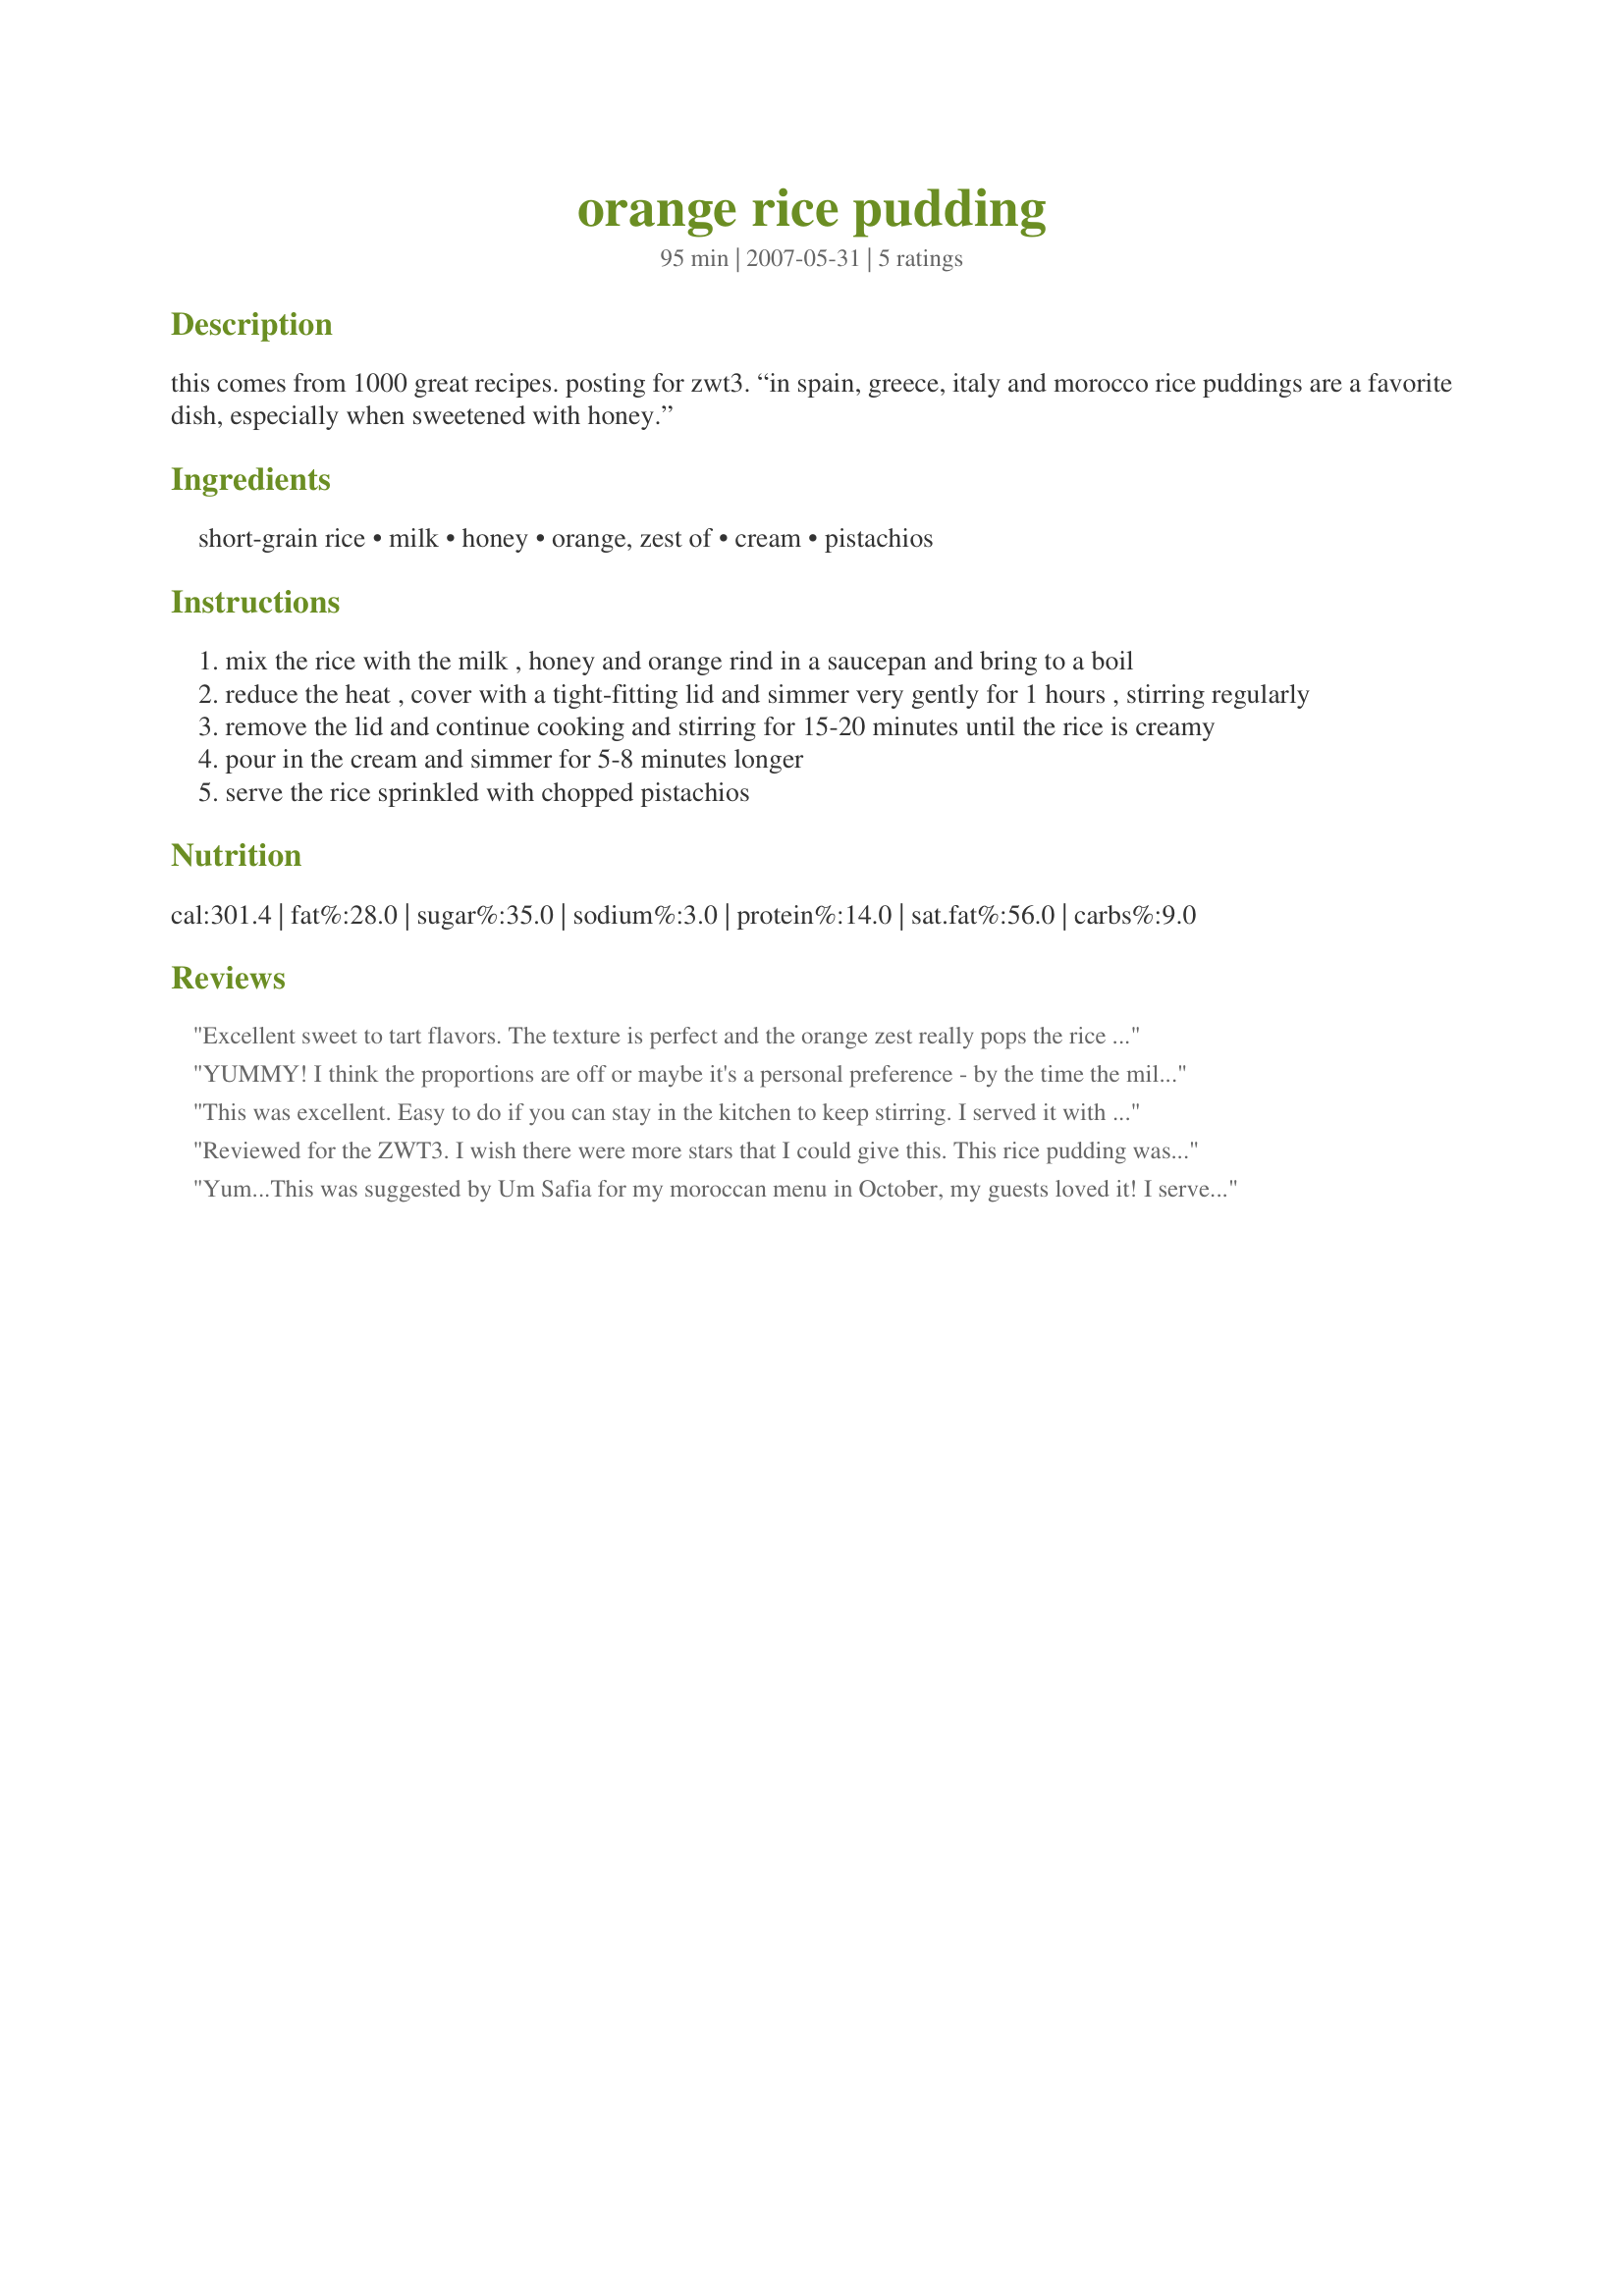
orange rice pudding
Preparation time: 95 minutes

this comes from 1000 great recipes. posting for zwt3. “in spain, greece, italy and morocco rice puddings are a favorite dish, especially when sweetened with honey.”

Ingredients:
short-grain rice, milk, honey, orange, zest of, cream, pistachios

Steps:
mix the rice with the milk , honey and orange rind in a saucepan and bring to a boil
reduce the heat , cover with a tight-fitting lid and simmer very gently for 1 hours , stirring regularly
remove the lid and continue cooking and stirring for 15-20 minutes until the rice is creamy
pour in the cream and simmer for 5-8 minutes longer
serve the rice sprinkled with chopped pistachios

Reviews:
Excellent sweet to tart flavors. The texture is perfect and the orange zest really pops the rice pudding. I used chopped walnuts. DELICIOUS!
YUMMY! I think the proportions are off or maybe it's a personal preference - by the time the milk was absorbed, the rice was mush. Delicious mush, though, and we ate it all. Excellent flavor & sweetening with honey is different & not so sweet - it's very nice! Made for the Recipe of the Week in the NA*ME Forum.<br/><br/>LOL. Made this again for Spain/Portugal's February Honey Tag! I still think the rice is too soft but it IS delicious! Easy to make, too. Just takes time. :) Have I ever mentioned how much I love rice pudding??? xoxo
This was excellent. Easy to do if you can stay in the kitchen to keep stirring. I served it with a slice of orange and walnuts and a touch of cream.
We ate it all and we are only 2.

A big thank you for this one.
Reviewed for the ZWT3. I wish there were more stars that I could give this. This rice pudding was absolutely delicious! I've made rice pudding hundreds of time, never with anything much more exciting than some sultanas! But THIS pudding is to die for!!! Will make again and again. Very simple to make, although you do need to close to it during cooking time.
Yum...This was suggested by Um Safia for my moroccan menu in October, my guests loved it! I served it wtih chopped pistachios as suggested and it was lovely. Thank you!
